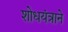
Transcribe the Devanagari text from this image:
शोधयंत्राने